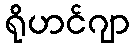
ရိုဟင်ဂျာ